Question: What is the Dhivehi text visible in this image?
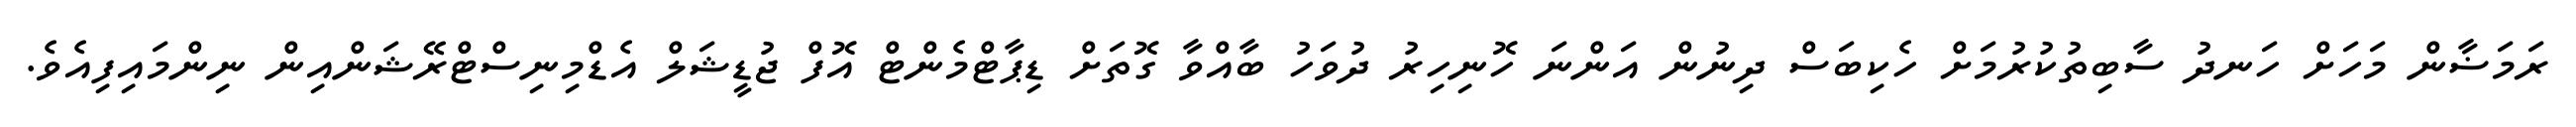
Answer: ރަމަޟާން މަހަށް ހަނދު ސާބިތުކުރުމަށް ހެކިބަސް ދިނުން އަންނަ ހޮނިހިރު ދުވަހު ބާއްވާ ގޮތަށް ޑިޕާޓްމެންޓް އޮފް ޖުޑީޝަލް އެޑްމިނިސްޓްރޭޝަންއިން ނިންމައިފިއެވެ.